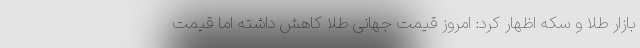
بازار طلا و سکه اظهار کرد: امروز قیمت جهانی طلا کاهش داشته اما قیمت